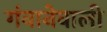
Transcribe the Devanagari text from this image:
गंवानेवाली